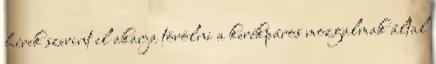
hírek szerint el akarja törölni a kerékpáros mozgalmak által